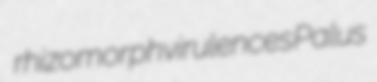
rhizomorph virulences Palus